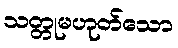
သတ္တုမဟုတ်သော